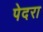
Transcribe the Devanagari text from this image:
पेदरा